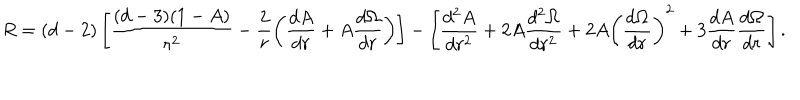
R = ( d - 2 ) \left[ \frac { ( d - 3 ) ( 1 - A ) } { r ^ { 2 } } - \frac { 2 } { r } \left( \frac { d A } { d r } + A \frac { d \Omega } { d r } \right) \right] - \left[ \frac { d ^ { 2 } A } { d r ^ { 2 } } + 2 A \frac { d ^ { 2 } \Omega } { d r ^ { 2 } } + 2 A \left( \frac { d \Omega } { d r } \right) ^ { 2 } + 3 \frac { d A } { d r } \frac { d \Omega } { d r } \right] .